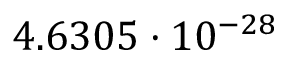
4 . 6 3 0 5 \cdot 1 0 ^ { - 2 8 }